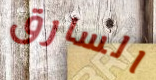
السارق